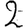
Digit: 2